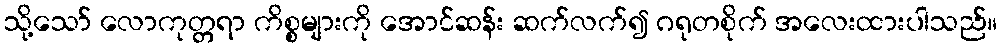
သို့သော် လောကုတ္တရာ ကိစ္စများကို အောင်ဆန်း ဆက်လက်၍ ဂရုတစိုက် အလေးထားပါသည်။